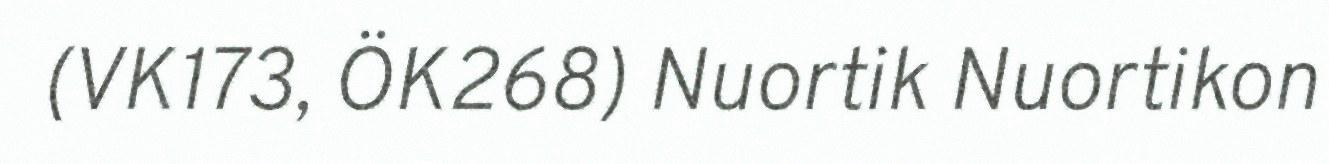
(VK173, ÖK268) Nuortik Nuortikon